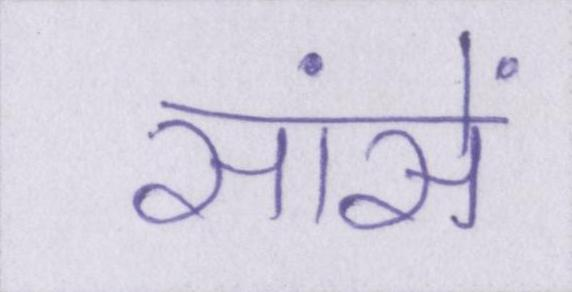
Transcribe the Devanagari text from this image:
सांसें